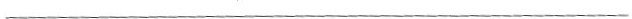
___